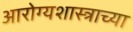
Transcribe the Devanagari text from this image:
आरोग्यशास्त्राच्या